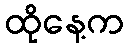
ထိုနေ့က